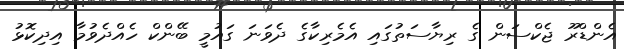
އެންޑްރޫ ޖެކްސަން ގެ ރިޔާސަތުގައި އެމެރިކާގެ ދެވަނަ ގައުމީ ބޭންކް ހެއްދެވުމާ އިދިކޮޅު